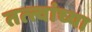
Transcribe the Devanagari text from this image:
तत्‍त्वांच्या